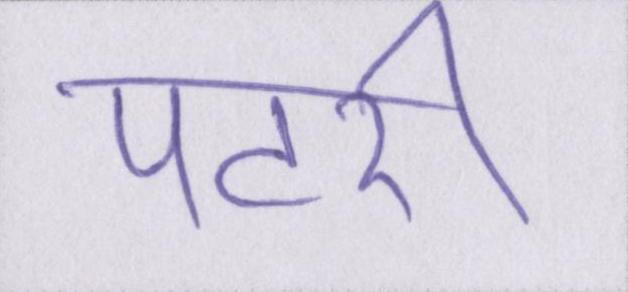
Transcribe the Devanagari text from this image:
पटरी